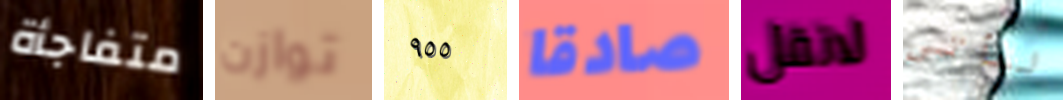
متفاجأة توازن ٩٥٥ صادقا لاتقل لنأتي